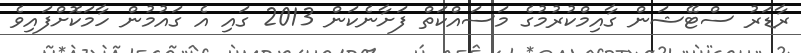
ރާޑަރު ސްޓޭޝަން ގާއިމްކުރުމުގެ މަސައްކަތް ފަށާނެކަން 2013 ގައި އެ ގައުމުން ހާމަކޮށްފައިވެ